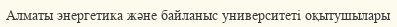
Алматы энергетика және байланыс университеті оқытушылары